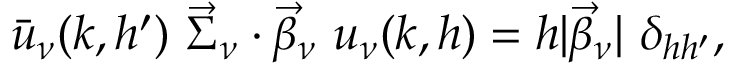
\bar { u } _ { \nu } ( k , h ^ { \prime } ) ~ \vec { \Sigma } _ { \nu } \cdot \vec { \beta } _ { \nu } ~ u _ { \nu } ( k , h ) = h | \vec { \beta } _ { \nu } | ~ \delta _ { h h ^ { \prime } } ,